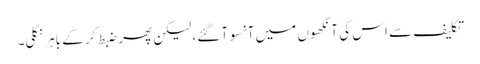
تکلیف سے اس کی آنکھوں میں آنسو آ گئے، لیکن پھر ضبط کر کے باہر نکلی۔